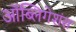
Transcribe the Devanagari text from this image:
ऑब्लिगेशंस